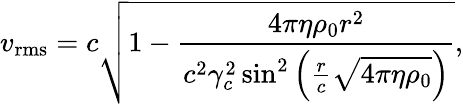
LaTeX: v_{\mathrm{rms}}=c{\sqrt{1-{\frac{4\pi\eta\rho_{0}r^{2}}{c^{2}\gamma_{c}^{2}\sin^{2}{\left({\frac{r}{c}}{\sqrt{4\pi\eta\rho_{0}}}\right)}}}}},